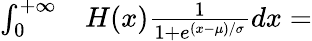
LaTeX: \begin{array}{rl}{\int_{0}^{+\infty}}&{{}H(x)\frac{1}{1+e^{(x-\mu)/\sigma}}dx=}\end{array}